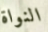
النواة